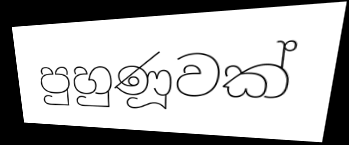
පුහුණූවක්